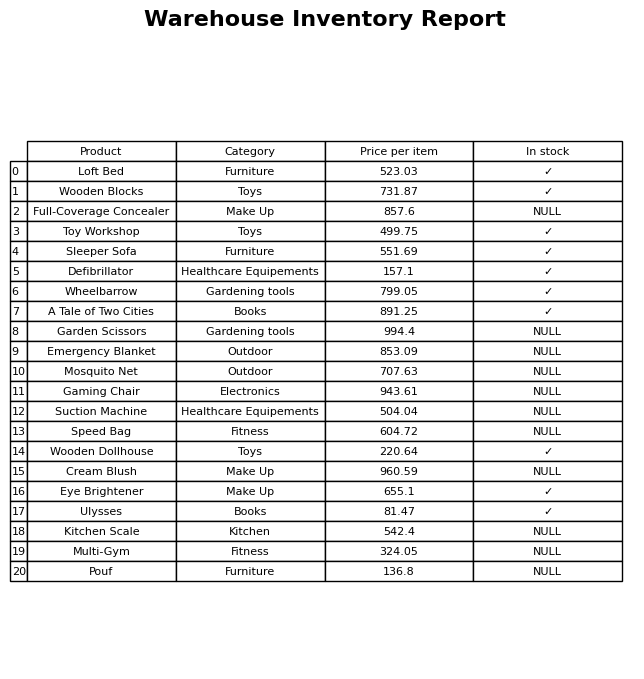
question: What is the price of the Garden Scissors?
answer: The price of Garden Scissors is 994.4.